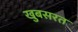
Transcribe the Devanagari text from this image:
खुबसरत